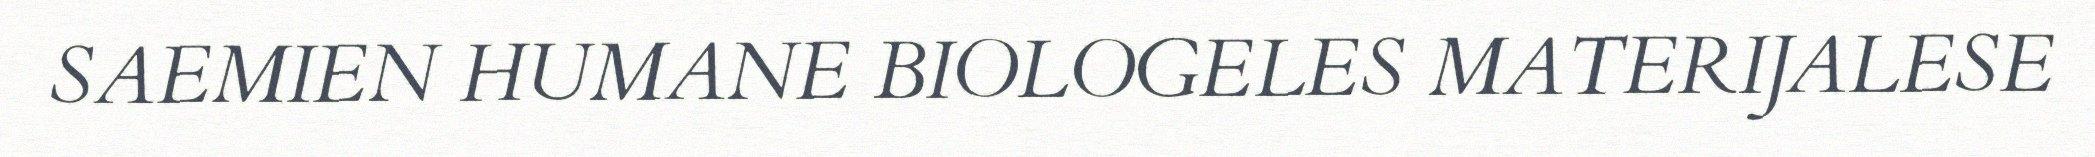
SAEMIEN HUMANE BIOLOGELES MATERIJALESE